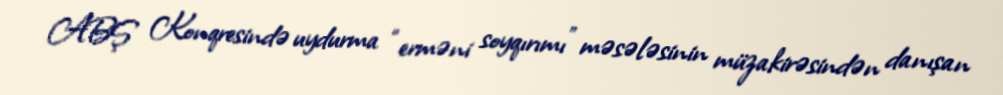
ABŞ Konqresində uydurma “erməni soyqırımı” məsələsinin müzakirəsindən danışan